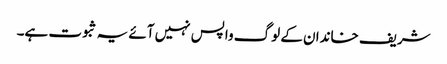
شریف خاندان کے لوگ واپس نہیں آئے یہ ثبوت ہے۔